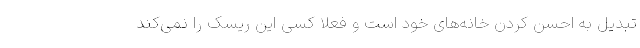
تبدیل به احسن کردن خانه‌های خود است و فعلاً کسی این ریسک را نمی‌کند